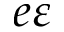
e \varepsilon